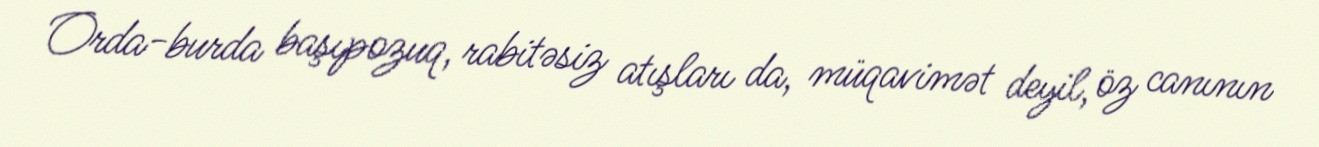
Orda-burda başıpozuq, rabitəsiz atışları da, müqavimət deyil, öz canının